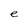
Character: e